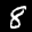
Label: 8